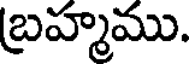
బ్రహ్మము.